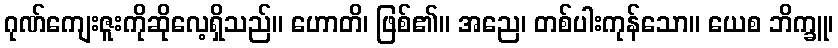
ဂုဏ်ကျေးဇူးကိုဆိုလေ့ရှိသည်။ ဟောတိ၊ ဖြစ်၏။ အညေ၊ တစ်ပါးကုန်သော။ ယေစ ဘိက္ခူ၊